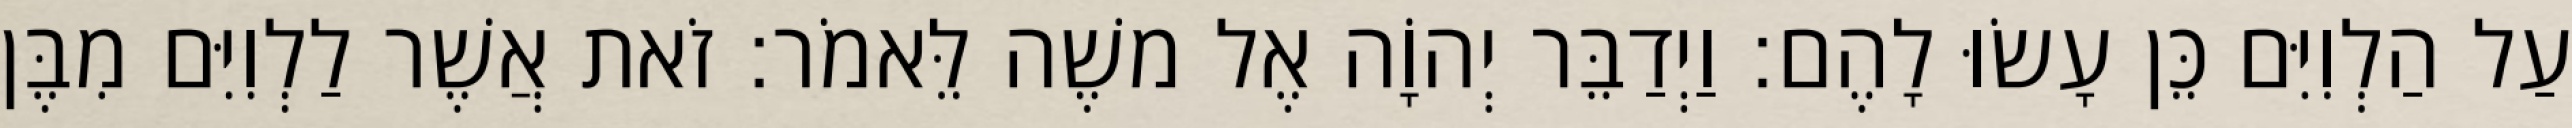
עַל הַלְוִיִּם כֵּן עָשׂוּ לָהֶם׃ וַיְדַבֵּר יְהוָֹה אֶל משֶׁה לֵּאמֹר׃ זֹאת אֲשֶׁר לַלְוִיִּם מִבֶּן